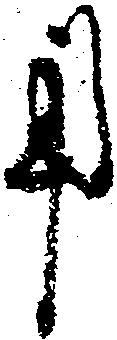
用